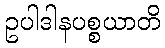
ဥပါဒါနပစ္စယာတိ